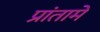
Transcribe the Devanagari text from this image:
प्रांतामे